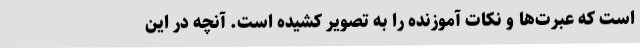
است که عبرت‌ها و نکات آموزنده را به تصویر کشیده ‌است. آنچه در این